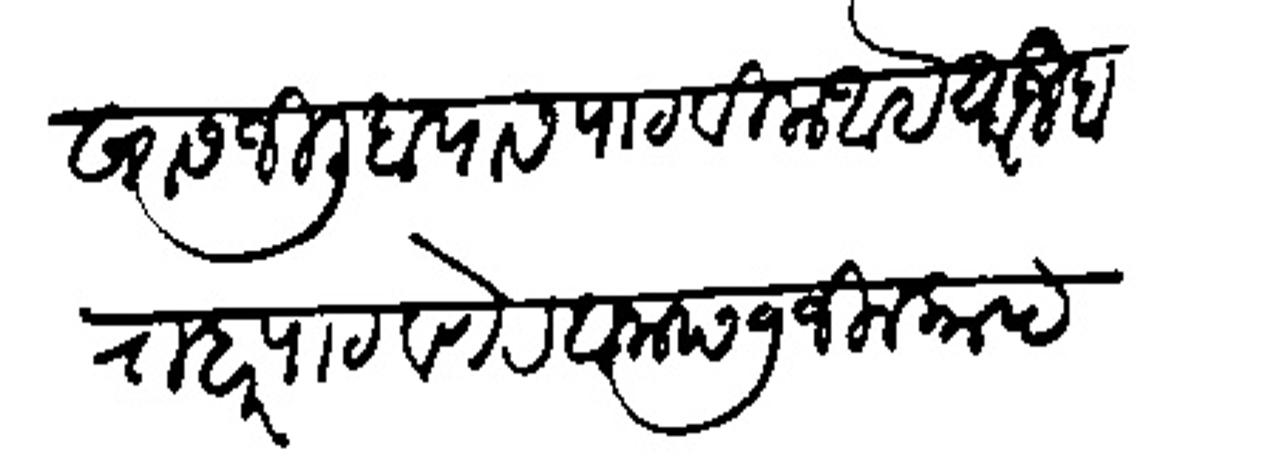
Transliteration (Devanagari): खास जिलीब यास पाठबिला आहे याजबराबर पाठवणे रवाना छ ७ जिलकाद